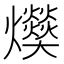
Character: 𤓔